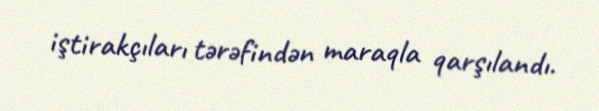
iştirakçıları tərəfindən maraqla qarşılandı.